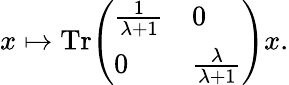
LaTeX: x\mapsto\mathrm{{Tr}}{\left(\begin{array}{ll}{{\frac{1}{\lambda+1}}}&{0}\\ {0}&{{\frac{\lambda}{\lambda+1}}}\end{array}\right)}x.